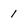
Character: 1